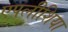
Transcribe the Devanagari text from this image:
एपलीशिया